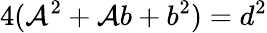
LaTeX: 4(\mathcal{A}^{2}+\mathcal{A}b+b^{2})=d^{2}